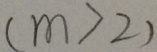
( m > 2 )